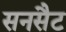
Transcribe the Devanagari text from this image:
सनसैट